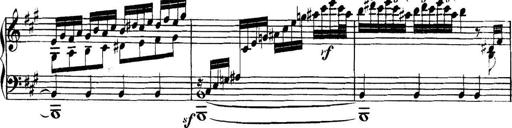
Title: Collected Piano Sonatas
Composer: Muzio Clementi